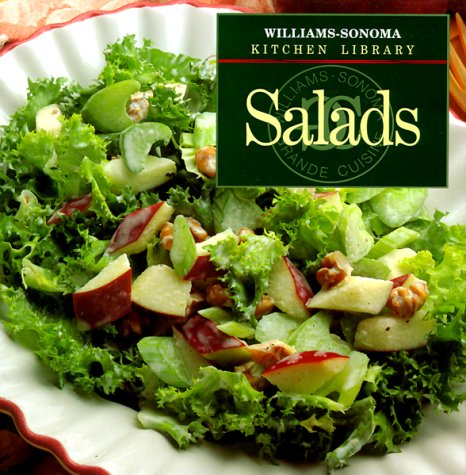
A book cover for Salads (Williams-Sonoma Kitchen Library); Emanuela Stucchi Prinetti; Cookbooks, Food & Wine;